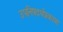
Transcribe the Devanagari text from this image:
उपनिषदर्थप्रकाश